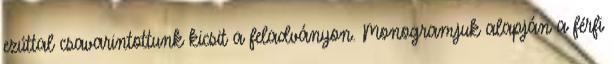
ezúttal csavarintottunk kicsit a feladványon. Monogramjuk alapján a férfi